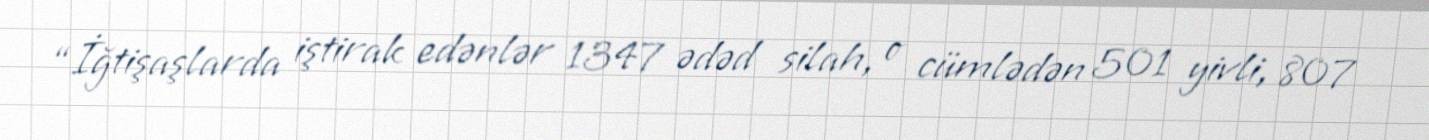
“İğtişaşlarda iştirak edənlər 1347 ədəd silah, o cümlədən 501 yivli, 807